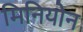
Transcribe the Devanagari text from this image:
मिनियोन